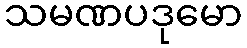
သမဏပဒုမော